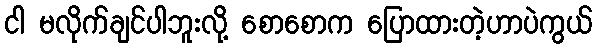
ငါ မလိုက်ချင်ပါဘူးလို့ စောစောက ပြောထားတဲ့ဟာပဲကွယ်